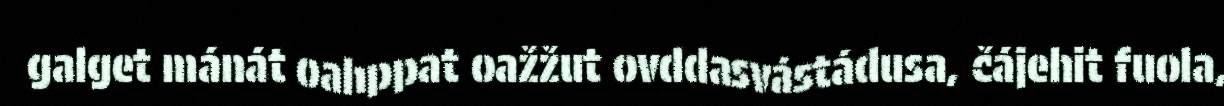
galget mánát oahppat oažžut ovddasvástádusa, čájehit fuola,